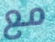
مع